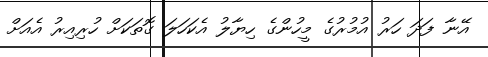
އޭނާ ފަދަ ހަރު އުމުރުގެ މީހުންގެ ހިޔާލު އެކަހަލަ ގޮތަކަށް ހުރިއިރު އެއަށް